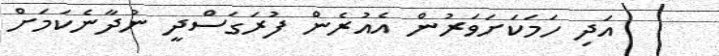
އަދި ހަމަކަށަވަރުން އެއުރެން ފުރަގަސްދީ ނުދާނެކަމަށް